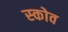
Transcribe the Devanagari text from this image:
स्‍कोव